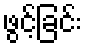
ဖွင့်ခြင်း